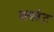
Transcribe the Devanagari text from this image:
क्लेट